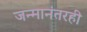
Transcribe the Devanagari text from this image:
जन्मानंतरही